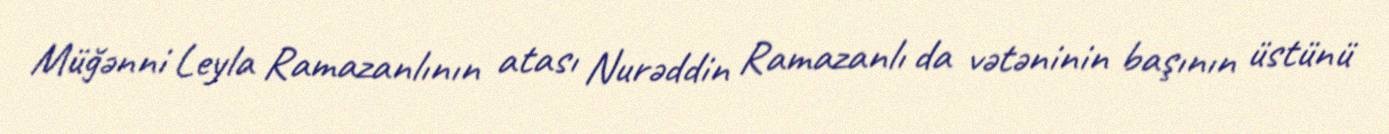
Müğənni Leyla Ramazanlının atası Nurəddin Ramazanlı da vətəninin başının üstünü